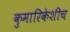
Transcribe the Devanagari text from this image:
कुमारिकेशीच